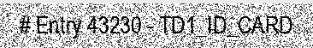
# Entry 43230 - TD1_ID_CARD